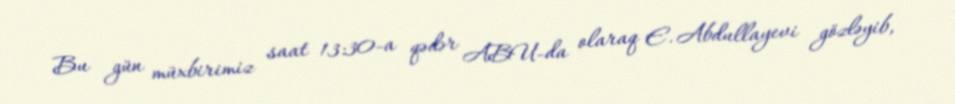
Bu gün müxbirimiz saat 13:30-a qədər ABU-da olaraq E. Abdullayevi gözləyib,